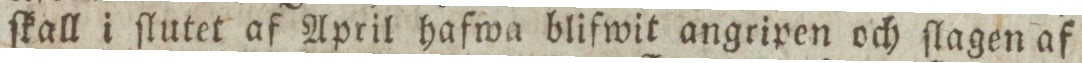
ſkall i ſlutet af April hafwa blifwit angripen och ſlagen af